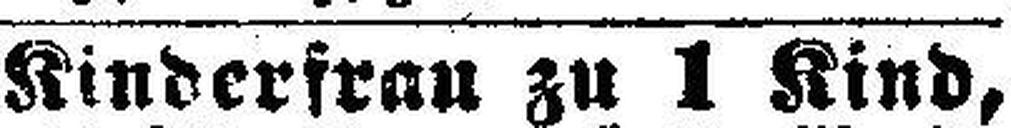
Kinderfrau zu 1 Kind,